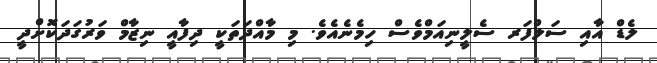
ލެޑް އާއި ސަލްފަރ ސެލީނިއަމްވެސް ހިމެނެއެވެ. މި މާއްދަތަކީ ދިފާއީ ނިޒާމް ވަރުގަދަކޮށްދީ